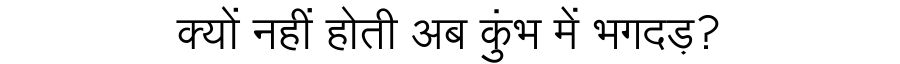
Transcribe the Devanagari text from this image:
क्यों नहीं होती अब कुंभ में भगदड़?